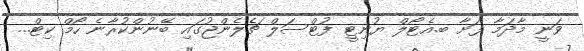
ވަނީ މާދަމާ ފަށާ ބ.އެޓޯލް ޔުނިޓީ ފުޓްސަލް ޗެލެންޖުގައި ބޭނުންކުރާނެ ހޯމް ކިޓް...